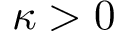
\kappa > 0